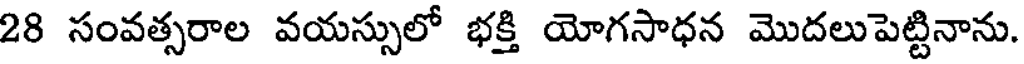
28 సంవత్సరాల వయస్సులో భక్తి యోగసాధన మొదలుపెట్టినాను.